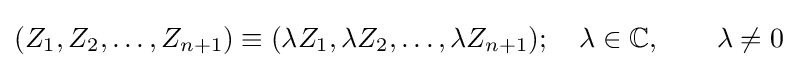
(Z_{1},Z_{2},\ldots ,Z_{n+1})\equiv (\lambda Z_{1},\lambda Z_{2},\ldots ,\lambda Z_{n+1});\quad \lambda \in \mathbb {C} ,\qquad \lambda \neq 0